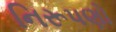
નિરૂપણો